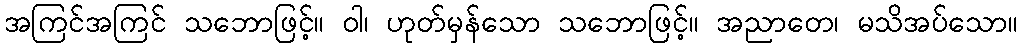
အကြင်အကြင် သဘောဖြင့်။ ဝါ၊ ဟုတ်မှန်သော သဘောဖြင့်။ အညာတေ၊ မသိအပ်သော။